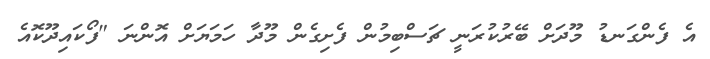
އެ ފެންގަނޑު މޫދަށް ބޭރުކުރަނީ ޗަސްބިމުން ފެށިގެން މޫދާ ހަމަޔަށް އޮންނަ "ފޯކައިދޫކޮއެ